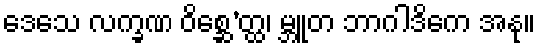
ဒေသေ လက္ခဏ ဝိစ္ဆေ’တ္ထ၊ မ္ဘူတ ဘာဂါဒိကေ အနု။